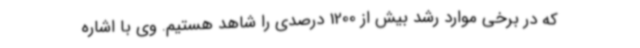
که در برخی موارد رشد بیش از 1200 درصدی را شاهد هستیم. وی با اشاره